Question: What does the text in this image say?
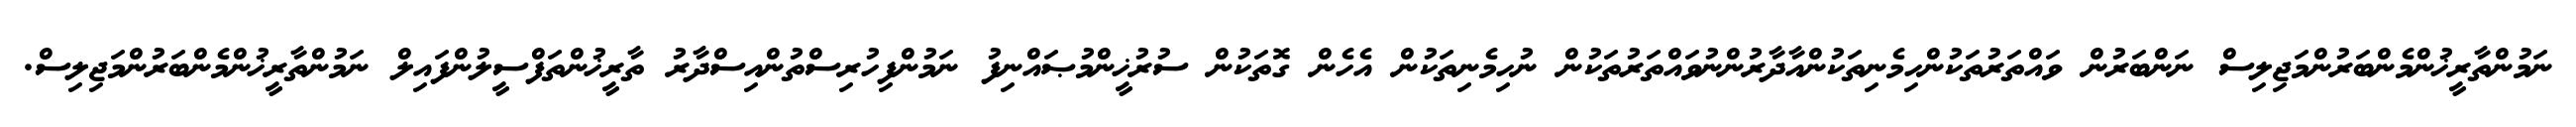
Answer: ނަމުންތާރީޚުންމެންބަރުންމަޖިލިސް ނަންބަރުން ވައްތަރުތަކުންހިމެނިތަކުންއާދާރުންނުވައްތަރުތަކުން ނުހިމެނިތަކުން އެހެން ގޮތަކުން ސުރުޚީންމުޞައްނިފު ނަމުންފިހުރިސްތުންއިސްދާރު ތާރީޚުންތަފްސީލުންފައިލް ނަމުންތާރީޚުންމެންބަރުންމަޖިލިސް.